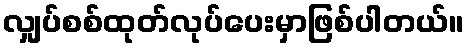
လျှပ်စစ်ထုတ်လုပ်ပေးမှာဖြစ်ပါတယ်။